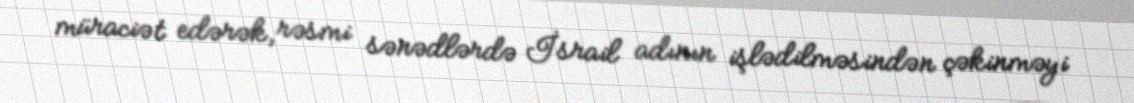
müraciət edərək, rəsmi sənədlərdə İsrail adının işlədilməsindən çəkinməyi